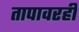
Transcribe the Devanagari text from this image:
तापावरही